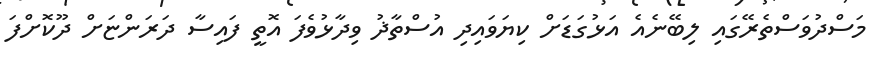
މަސްދުވަސްތެރޭގައި ލިބޭނެއެ އަޅުގަޑަށް ކިޔަވައިދި އުސްތާޛު ވިދާޅުވެފަ އޮތީ ފައިސާ ދަރަންޏަށް ދޫކޮށްފަ